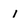
Character: 1